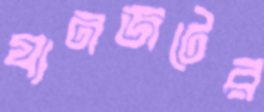
যানজটের